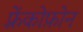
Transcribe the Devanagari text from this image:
फ़्रेंकोफ़ोन